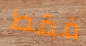
فقط